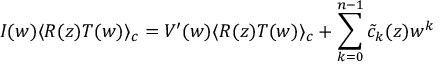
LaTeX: I ( w ) \langle R ( z ) T ( w ) \rangle _ { c } = V ^ { \prime } ( w ) \langle R ( z ) T ( w ) \rangle _ { c } + \sum _ { k = 0 } ^ { n - 1 } { \tilde { c } } _ { k } ( z ) w ^ { k }